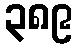
၃၈၉